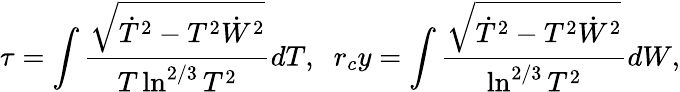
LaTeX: \tau=\int\frac{\sqrt{\dot{T}^{2}-T^{2}\dot{W}^{2}}}{T\ln^{2/3}T^{2}}dT,\; \; r_{c}y=\int\frac{\sqrt{\dot{T}^{2}-T^{2}\dot{W}^{2}}}{\ln^{2/3}T^{2}}dW,